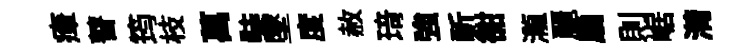
瘴瞽筠枝萬奘墜度赦𤦺強祈𧮳瀧麗扇則崌潸